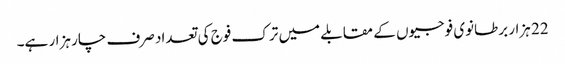
22 ہزار برطانوی فوجیوں کے مقابلے میں ترک فوج کی تعداد صرف چار ہزار ہے۔